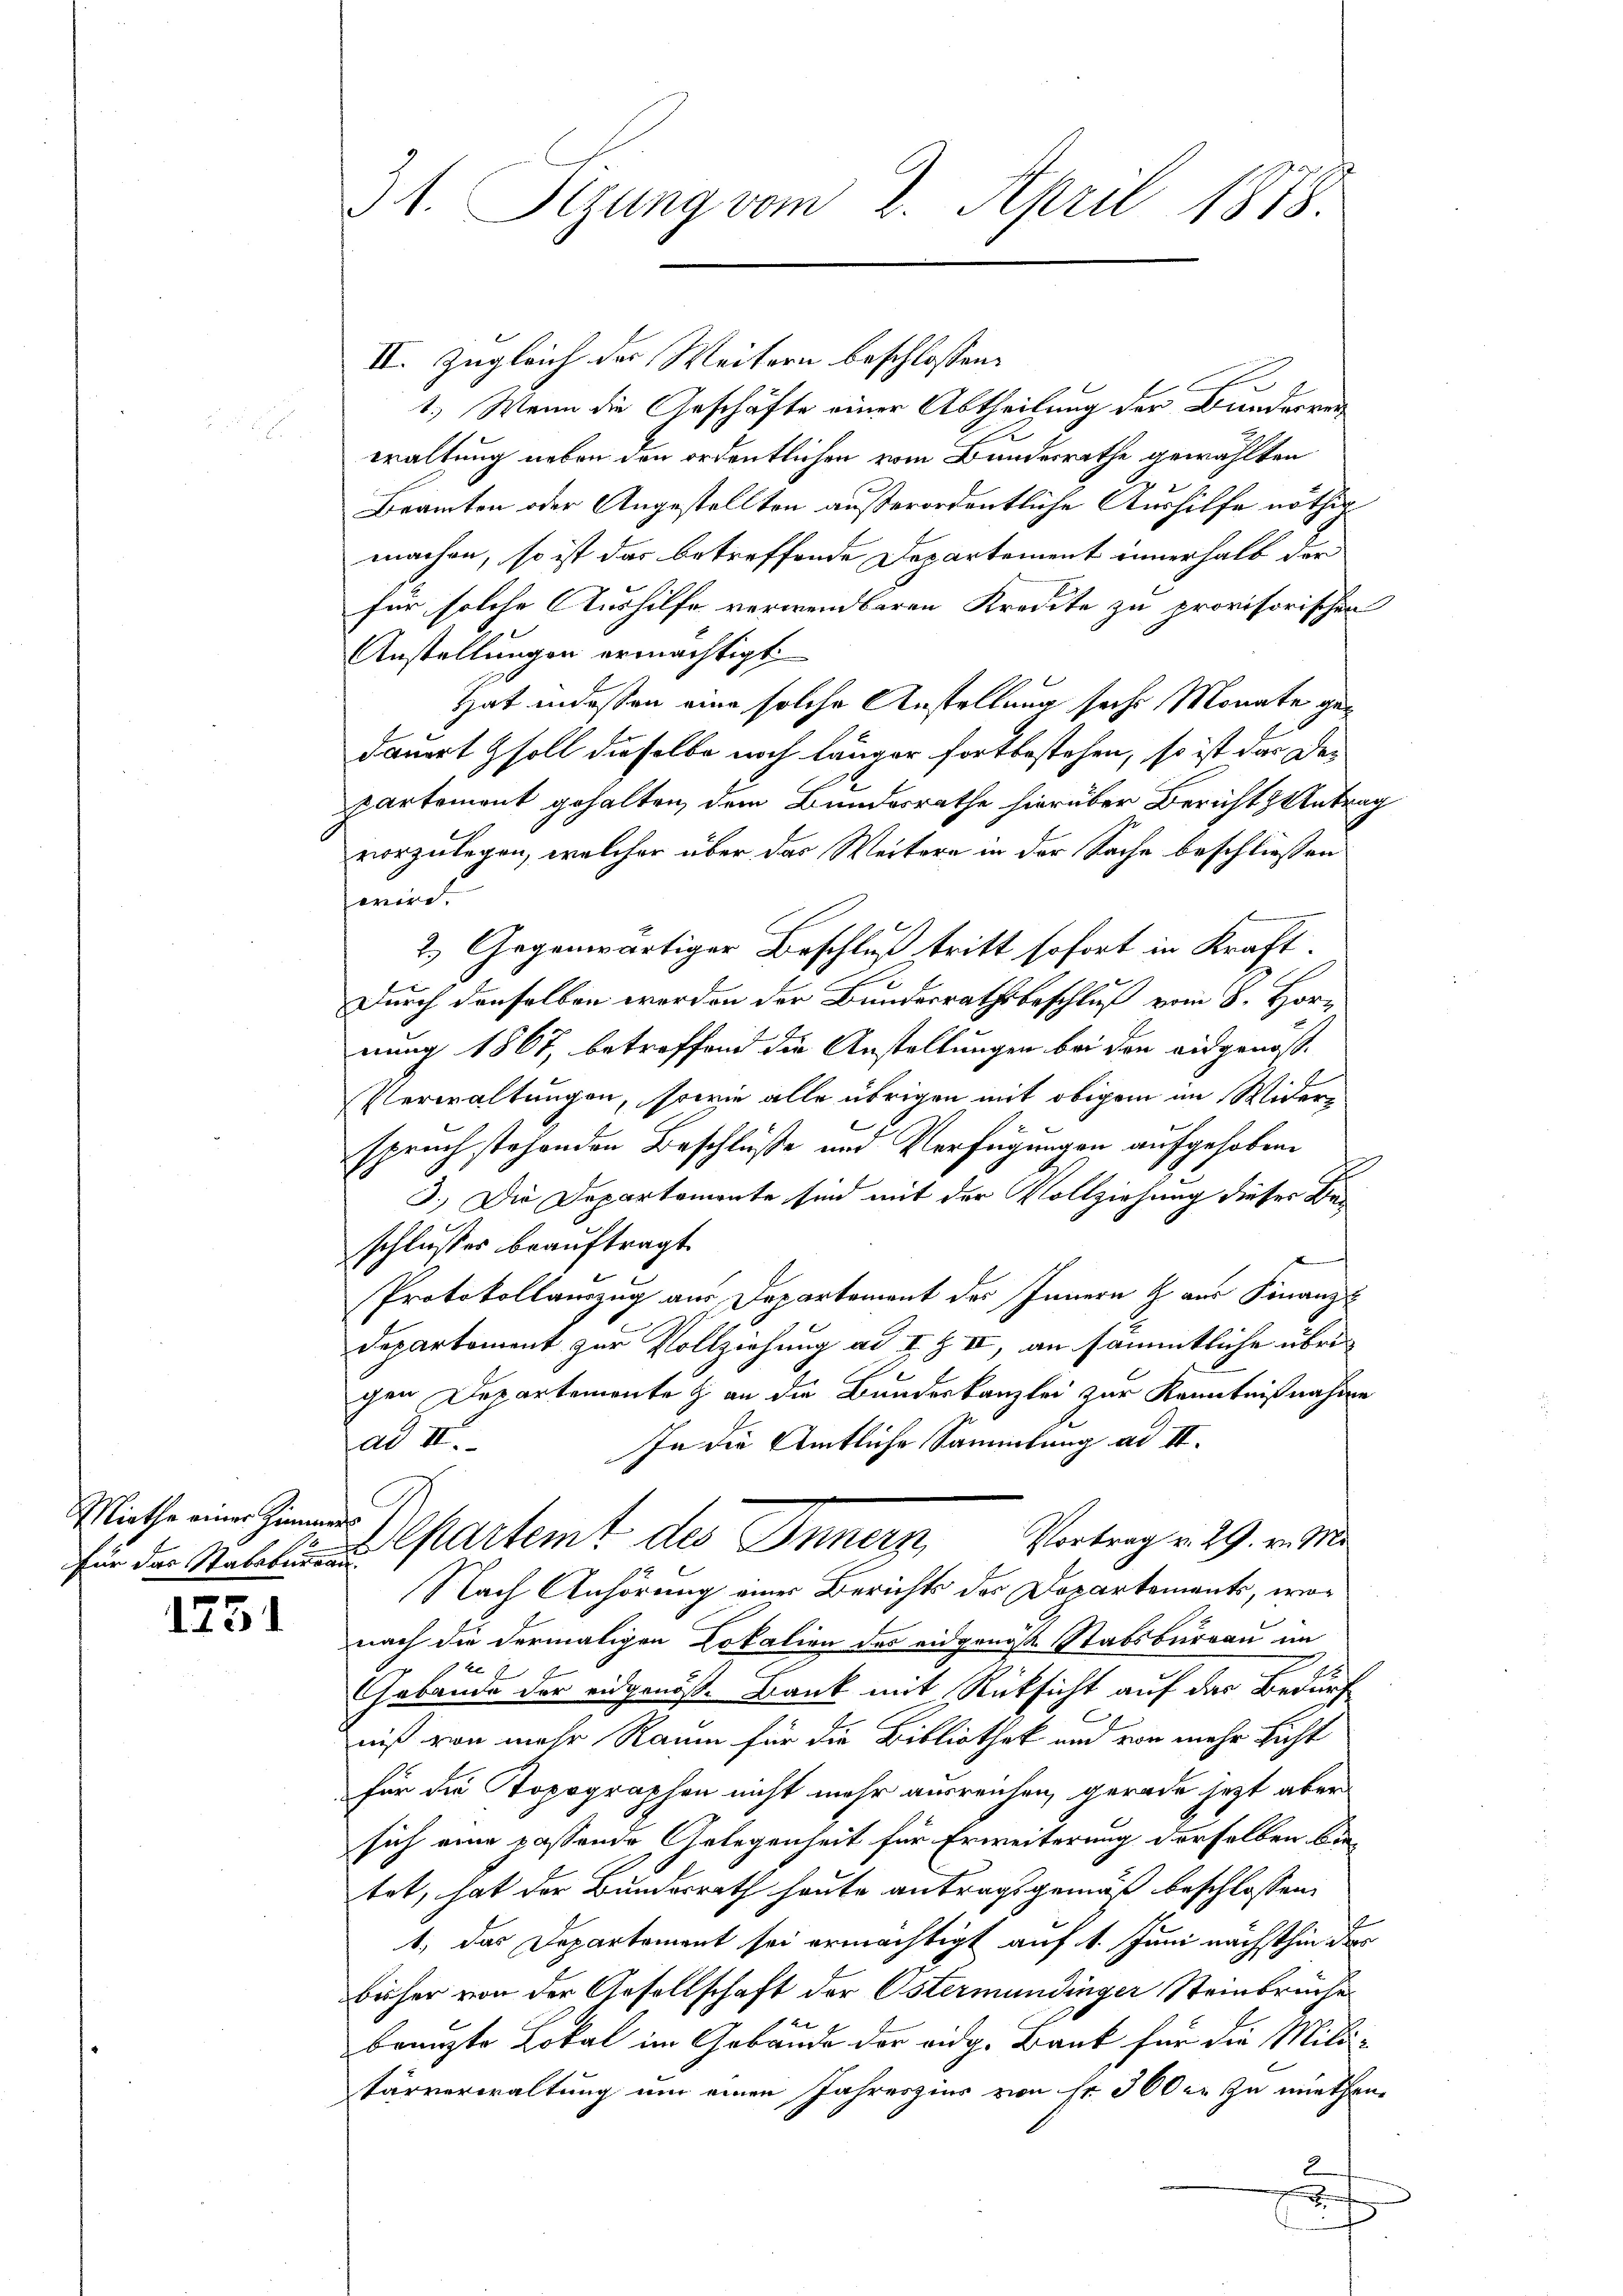
Miethe einer Zimmers

1731

21. Segung vom 2. April 1878.

II. Zugleich des Weitern beschlossen:
1.) Wenn die Geschäfte einer Abtheilung der Bunderrun
waltung neben den ordentlichen vom Bundesrathe gewählten
Beamten oder Angestellten außerordentliche Aushilfe nöthig
machen, so ist das betreffende Departement innerhalb der
für solche Aushilfe verwendbaren Kredite zu provisorischen
Anstellungen ermächtigt
Hat indessen eine solche Anstellung sechs Monate gedauert soll dieselbe noch länger fortbestehen, so ist das De-
partement gehalten, dem Bundesrathe hierüber Bericht & Antrag
vorzulegen, welcher über das Weitere in der Sache beschließen
feriret
2.) Gegenwärtiger Beschluß tritt sofort in Kraft.
Durch denselben werden der Bundesrathsbeschluß vom 8. Hornung 1867, betreffend die Anstellungen bei den eidgenöß¬
Verwaltungen, sowie alle übrigen mit obigem im Widerspruch stehenden Beschlüße und Verfügungen aufgehoben
3.) Die Departemente sind mit der Vollziehung dieser Beschlusses beauftragt.
Protokollanzug aus Departement des Innern & aus Finanz-
Departement zur Vollziehung ad I. Z II, an sämmtliche übrigen Departemente & an die Bundeskanzlei zur Kenntnißnahme
In die Amtliche Sammlung ad II.
ad II.
für der Nebelung Cartemt des Innern, Vortrag v. 29. v. M.
Nach Anhörung einer Berichts des Departements, wonach die dermaligen Lokalien des eidgenoße Stabsbureau im
E
Gebäude der eidgenöß. Bank mit Rücksicht auf der Bedürf
niß von mehr Raum für die Bibliothek und von mehr Licht
für die Topographen nicht mehr ausreichen, gerade jetzt aber
sich eine passende Gelegenheit für Erweiterung derselben bin
tot, hat der Bundesrath heute antragsgemäß beschlossen:
1, das Departement sei ermächtigt auf 1. Juni nächsthin des
bisher von der Gesellschaft der Ostermundinger Steinbrüche
bränzte Lokal im Gebäude der eidg. Bank für die Mili-
Färverwaltung um einen Jahreszins von fr. 300 er zu miethen
2
i